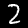
Digit: 2